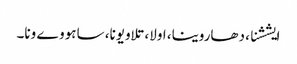
ایششنا، دھاروینا، اولا، تلاویونا، ساہو وے ونا۔